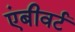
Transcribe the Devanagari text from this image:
एंबीवर्ट